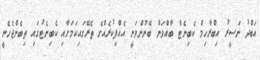
އަބްދު ނަސީރު އިބްރާހިމް ކެބިނެޓް ބާއްވަން ބޭނުންވަނީ އެއްފިކުރެއްގެ ތެރޭގައިކަމަށާއި ކެބިނެޓުގައި ތިބެންޖެހެނީ